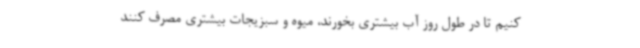
کنیم تا در طول روز آب بیشتری بخورند، میوه و سبزیجات بیشتری مصرف کنند